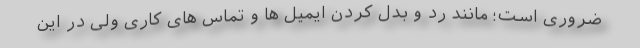
ضروری است؛ مانند رد و بدل کردن ایمیل ها و تماس های کاری ولی در این